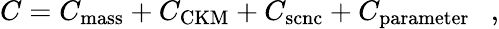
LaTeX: C=C_{\mathrm{mass}}+C_{\mathrm{CKM}}+C_{\mathrm{scnc}}+C_{\mathrm{parameter}}~~~,